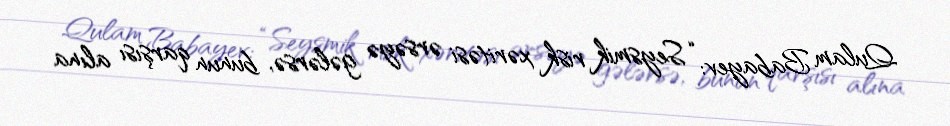
Qulam Babayev: “Seysmik risk xəritəsi ərsəyə gələrsə, bunun qarşısı alına